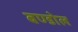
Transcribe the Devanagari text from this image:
बण्डोल